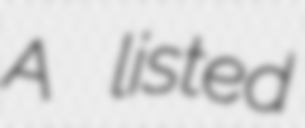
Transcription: A listed